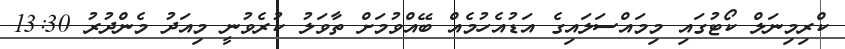
ކްރިމިނަލް ކޯޓުގައި މިމައްސަލައިގެ އަޑުއެހުމެއް ބޭއްވުމަށް ތާވަލު ކުރެވުނީ މިއަދު މެންދުރު 13:30